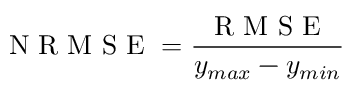
\textrm { N R M S E } = \frac { \textrm { R M S E } } { y _ { m a x } - y _ { m i n } }